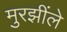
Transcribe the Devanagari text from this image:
मुरझींले